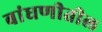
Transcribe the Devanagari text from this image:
बांधणीतील